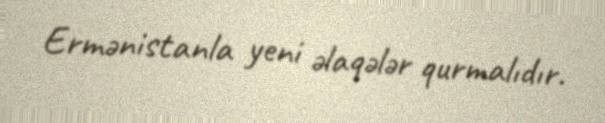
Ermənistanla yeni əlaqələr qurmalıdır.